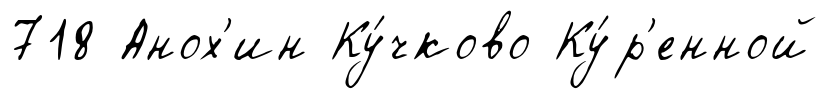
718 Анох'ин Ку́чково Ку́р'енной